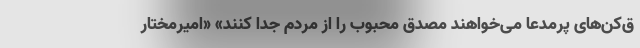
ق‌کن‌های پرمدعا می‌خواهند مصدق محبوب را از مردم جدا کنند» «امیرمختار